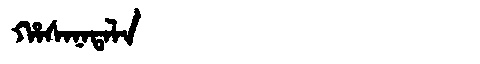
Manchu: ᡥᠠᠰᠠᠨᠠᡨᠠᠯᠠ
Romanization: HASANATALA